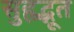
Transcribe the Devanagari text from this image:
सुहृद्भूत